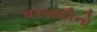
વરસાદીનો